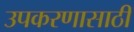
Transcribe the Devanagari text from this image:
उपकरणासाठी